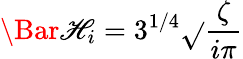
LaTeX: \Bar{\mathscr{H}}_{i}=3^{1/4}\sqrt{}{{\frac{{\zeta}}{{i\pi}}}}